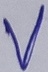
Text: V